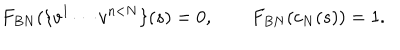
F _ { B N } ( \{ v ^ { 1 } \cdots v ^ { n < N } \} ( s ) = 0 , \qquad F _ { B N } ( c _ { N } ( s ) ) = 1 .